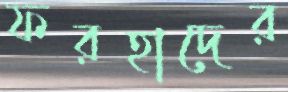
ফরহাদের